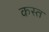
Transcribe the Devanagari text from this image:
कस्त